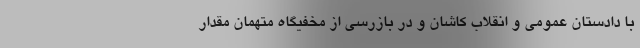
با دادستان عمومی و انقلاب کاشان و در بازرسی از مخفیگاه متهمان مقدار